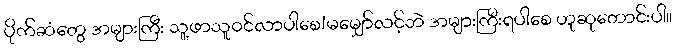
ပိုက်ဆံတွေ အများကြီး သူ့ဖာသူဝင်လာပါစေ!မမျှော်လင့်ဘဲ အများကြီးရပါစေ ဟုဆုတောင်းပါ။